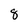
Character: 8